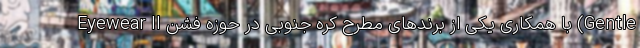
Eyewear II با همکاری یکی از برندهای مطرح کره جنوبی در حوزه فشن (Gentle